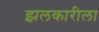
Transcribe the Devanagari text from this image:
झलकारीला